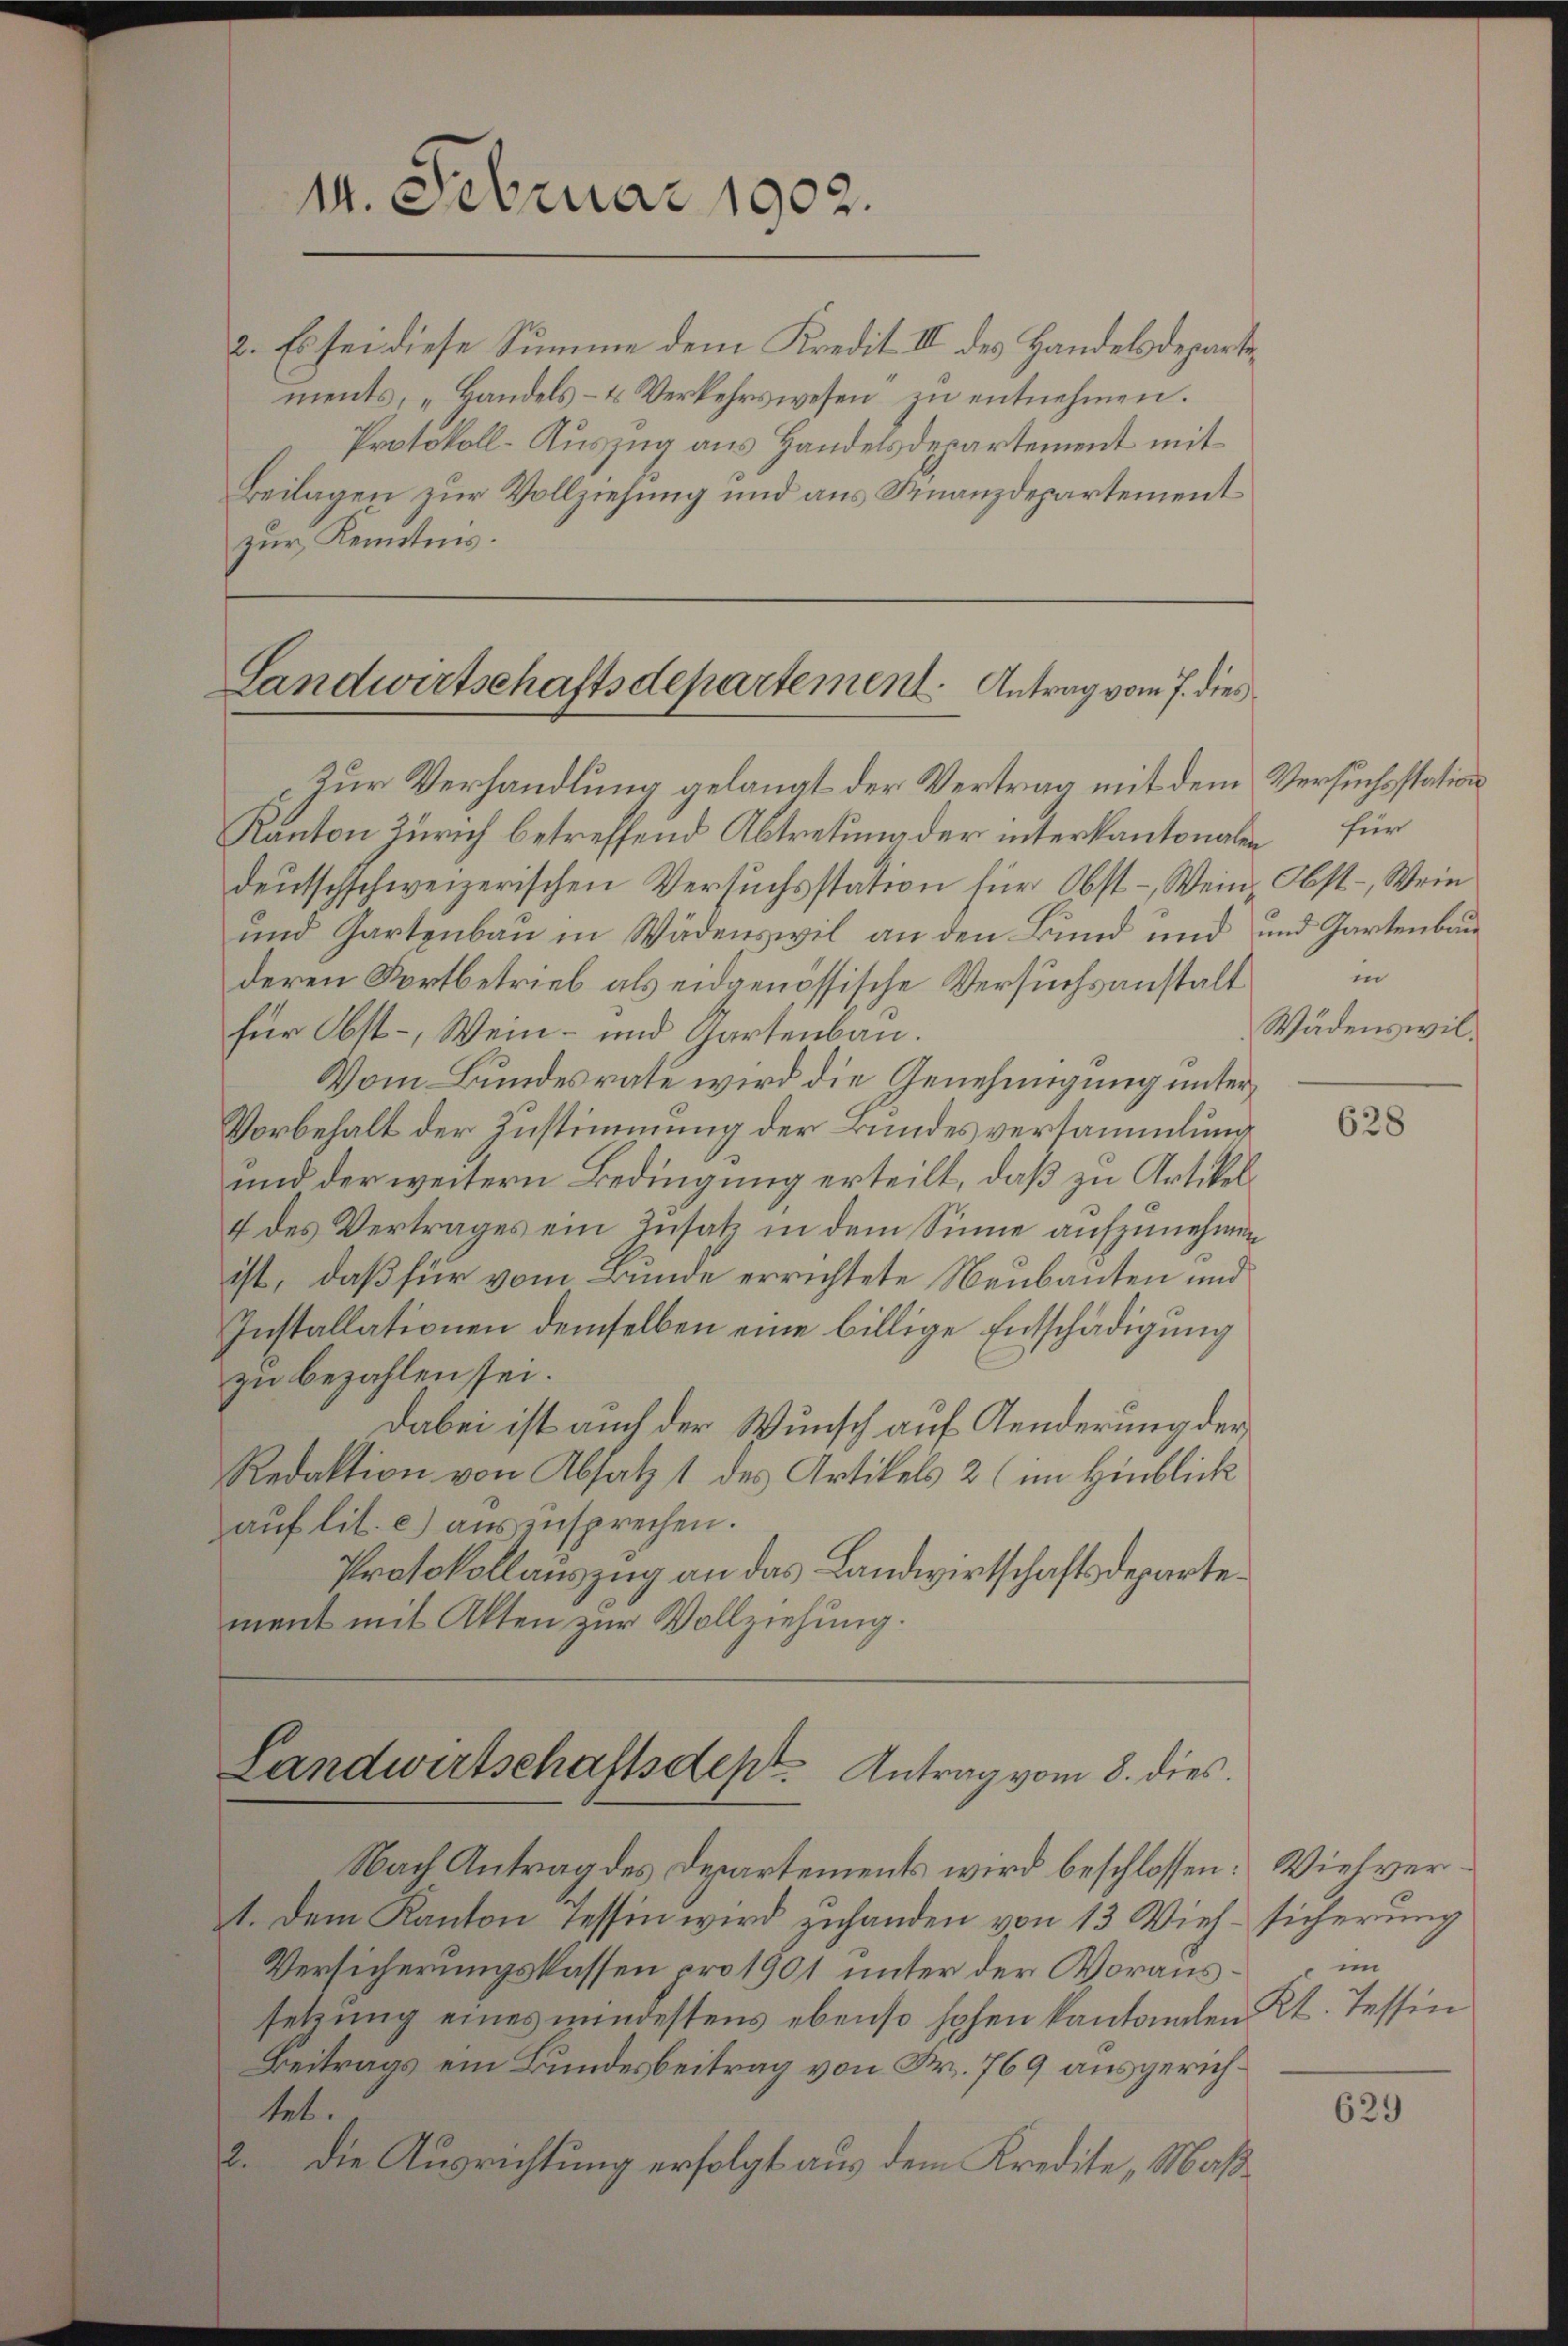
14. Februar 1902.

2. Es sei diese Summe dem Kredit II des Handelsdepartements, „Handels- & Verkehrswesen zu entnehmen.
Protokoll-Auszug aus Handelsdepartement mit
Beilagen zur Vollziehung und aus Knanzdepartement
zur Kenntnis.

Landwirtschaftsdepartement. Antrag vom 7. dies
Zur Verhandlung gelangt der Vertrag mit dem Versuchsstation

Kanton Zürich betreffend Abtretung der interkantonalen für
deŭtschschweizerischen Versŭchsstation für Obst- Wein¬
und Gartenbau in Wädenswil an den Bund und und Gartenbau
deren Fortbetrieb als eidgenössische Versuchsanstalt
für Obst-, Wein- und Gartenbau.
Vom Bundesrate wird die Genehmigung unter
Vorbehalt der Zustimmung der Bundes versammlung
und der weitern Bedingung erteilt, daß zu Artikel¬
4 des Vertrages ein Zusatz in dem Sinne aufzunehmen
ist, daß für vom Bunde errichtete Neubauten und
Installationen demselben eine billige Entschädigung
zu bezahlen sei.
Dabei ist auch der Wunsch auf Aenderung der
Redaktion von Absatz 1 des Artikels 2 (im Hinblick
aŭf lit. c) auszusprechen.
Protokollauszug an das Landwirtschaftsdepartement mit Akten zur Vollziehung.

Landwirtschaftsdept. Antrag vom 8. dies

Nach Antrag des Departements wird beschlossen: Viehver¬
1. Dem Kanton Tessin wird zuhanden von 13 Vieh- sicherung
Versicherungskassen pro 1901 unter der Woraussetzung eines mindestens ebenso hohen kantonen Kt. Tessin
Beitrags ein Bundesbeitrag von Fr. 769 ausgerichtet.
2. Die Ausrichtung erfolgt aus dem Kredite Maß¬

Obst-, Wein
in
Wädenswil.

628

in

629